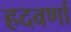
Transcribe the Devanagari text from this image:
हदवर्णा